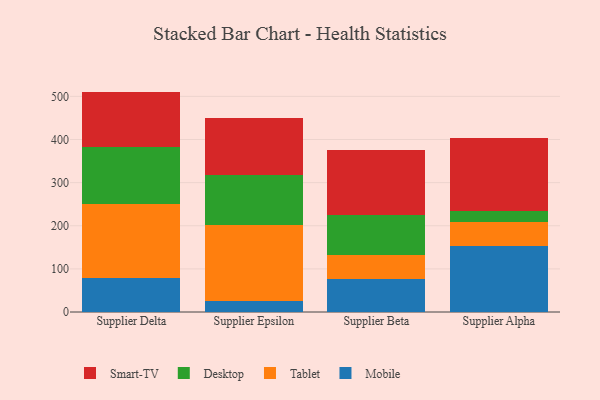
{"axis": {"x": "Supplier", "y": "LTV (USD)"}, "legend": ["Desktop", "Mobile", "Smart-TV", "Tablet"], "data": [{"x": "Supplier Delta", "y": 79.8, "type": "Mobile"}, {"x": "Supplier Delta", "y": 171.8, "type": "Tablet"}, {"x": "Supplier Delta", "y": 131.5, "type": "Desktop"}, {"x": "Supplier Delta", "y": 128.0, "type": "Smart-TV"}, {"x": "Supplier Epsilon", "y": 25.7, "type": "Mobile"}, {"x": "Supplier Epsilon", "y": 176.6, "type": "Tablet"}, {"x": "Supplier Epsilon", "y": 116.3, "type": "Desktop"}, {"x": "Supplier Epsilon", "y": 131.5, "type": "Smart-TV"}, {"x": "Supplier Beta", "y": 77.6, "type": "Mobile"}, {"x": "Supplier Beta", "y": 54.9, "type": "Tablet"}, {"x": "Supplier Beta", "y": 93.1, "type": "Desktop"}, {"x": "Supplier Beta", "y": 149.4, "type": "Smart-TV"}, {"x": "Supplier Alpha", "y": 152.5, "type": "Mobile"}, {"x": "Supplier Alpha", "y": 55.3, "type": "Tablet"}, {"x": "Supplier Alpha", "y": 27.1, "type": "Desktop"}, {"x": "Supplier Alpha", "y": 169.2, "type": "Smart-TV"}]}